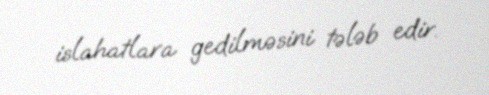
islahatlara gedilməsini tələb edir.